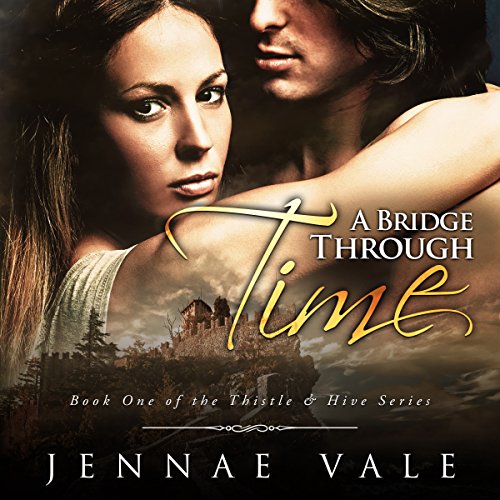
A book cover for A Bridge Through Time: Book 1 of The Thistle & Hive Series; Jennae Vale; Romance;